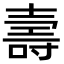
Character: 壽